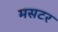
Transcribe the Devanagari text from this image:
मसटर